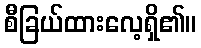
စီခြယ်ထားလေ့ရှိ၏။